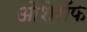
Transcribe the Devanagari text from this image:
ओशेरॉफ